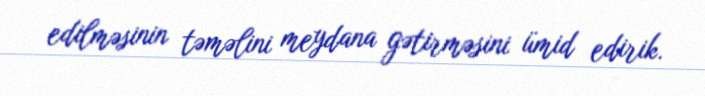
edilməsinin təməlini meydana gətirməsini ümid edirik.